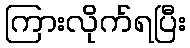
ကြားလိုက်ရပြီး